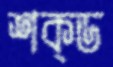
শক্ড